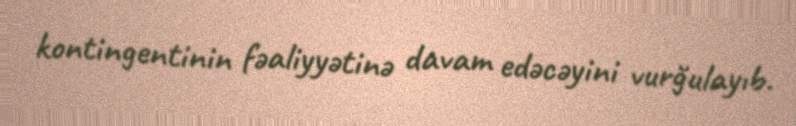
kontingentinin fəaliyyətinə davam edəcəyini vurğulayıb.